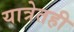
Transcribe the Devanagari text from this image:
यात्रेतही